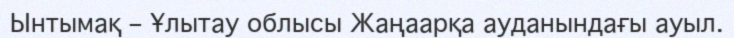
Ынтымақ – Ұлытау облысы Жаңаарқа ауданындағы ауыл.